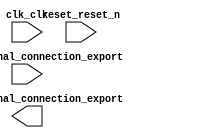

module lab1 (
	clk_clk,
	pio_0_external_connection_export,
	pio_1_external_connection_export,
	reset_reset_n);	

	input		clk_clk;
	input	[7:0]	pio_0_external_connection_export;
	output	[7:0]	pio_1_external_connection_export;
	input		reset_reset_n;
endmodule